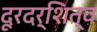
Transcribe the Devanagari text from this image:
दूरदर्शित्व